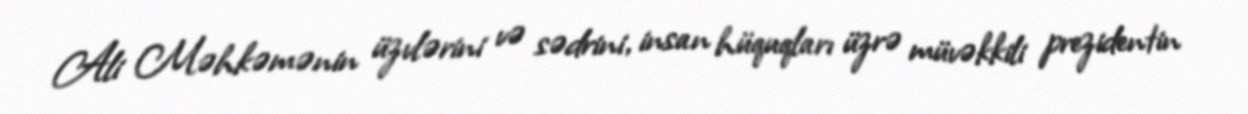
Ali Məhkəmənin üzvlərini və sədrini, insan hüquqları üzrə müvəkkili prezidentin